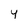
Character: y